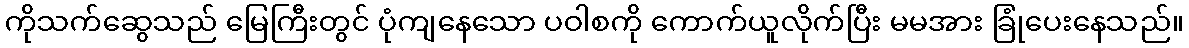
ကိုသက်ဆွေသည် မြေကြီးတွင် ပုံကျနေသော ပဝါစကို ကောက်ယူလိုက်ပြီး မမအား ခြုံပေးနေသည်။